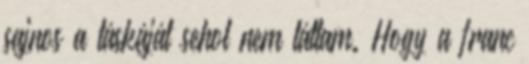
sajnos a táskáját sehol nem láttam. Hogy a franc